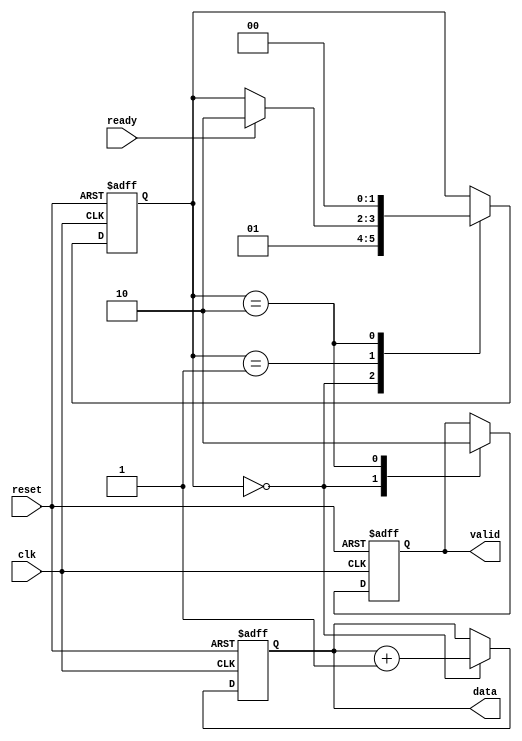
module producer (
    input wire clk,
    input wire reset,
    output reg valid,
    output reg [7:0] data, // Assuming 8-bit data bus
    input wire ready
);
    // Internal state
    reg [1:0] state;
    parameter IDLE = 2'b00, DATA_READY = 2'b01, DATA_ACK = 2'b10;

    always @(posedge clk or posedge reset) begin
        if (reset) begin
            valid <= 0;
            data <= 0;
            state <= IDLE;
        end else begin
            case (state)
                IDLE: begin
                    // Generate new data
                    data <= data + 1; // Example data generation
                    valid <= 1; // Indicate data is valid
                    state <= DATA_READY;
                end
                DATA_READY: begin
                    if (ready) begin
                        // Wait for consumer to be ready
                        state <= DATA_ACK;
                    end
                end
                DATA_ACK: begin
                    valid <= 0; // Deassert valid after acknowledgment
                    state <= IDLE; // Go back to idle to generate new data
                end
            endcase
        end
    end
endmodule